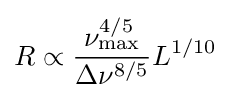
R\propto {\frac {\nu _{\mathrm {max} }^{4/5}}{\Delta \nu ^{8/5}}}L^{1/10}